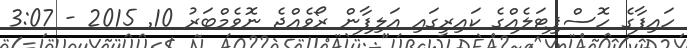
ހައިފާގެ ހޮސްޕިޓަލެއްގެ ކައިރީގައި އަލިފާން ރޯވެއްޖެ ނޮވެމްބަރު 10